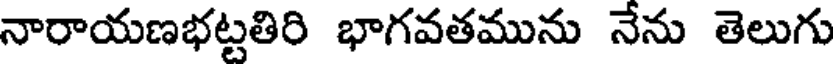
నారాయణభట్టతిరి భాగవతమును నేను తెలుగు